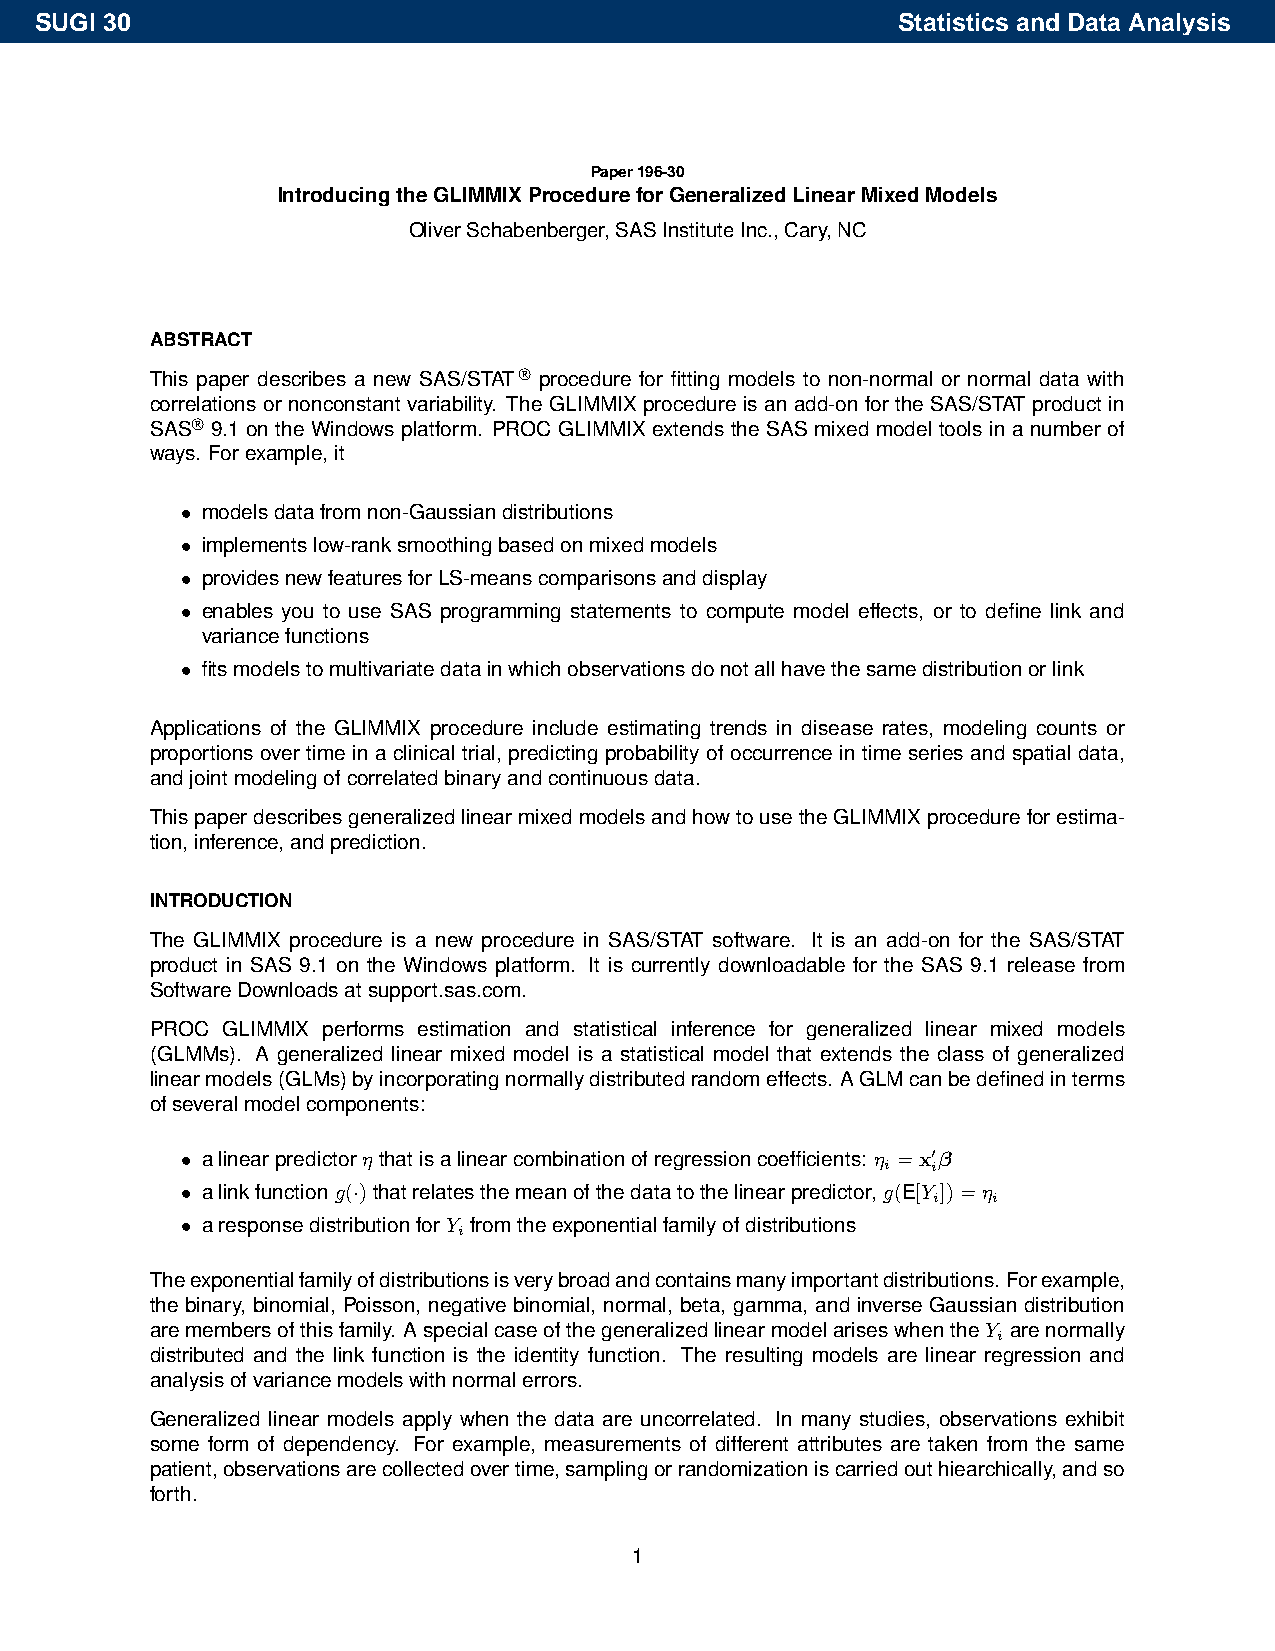
SUGI 30                                                  Statistics and Data Analysis
 Paper196-30
 IntroducingtheGLIMMIXProcedureforGeneralizedLinearMixedModels
 OliverSchabenberger,SASInstituteInc.,Cary,NC
 ABSTRACT
 This paper describes a new SAS/STAT procedure for fitting models to non-normal or normal data with
 correlations or nonconstant variability. The GLIMMIX procedure is an add-on for the SAS/STAT product in
 SAS 9.1 on the Windows platform. PROC GLIMMIX extends the SAS mixed model tools in a number of
 ways. Forexample,it
 • modelsdatafromnon-Gaussiandistributions
 • implementslow-ranksmoothingbasedonmixedmodels
 • providesnewfeaturesforLS-meanscomparisonsanddisplay
 • enables you to use SAS programming statements to compute model effects, or to define link and
 variancefunctions
 • fitsmodelstomultivariatedatainwhichobservationsdonotallhavethesamedistributionorlink
 Applications of the GLIMMIX procedure include estimating trends in disease rates, modeling counts or
 proportions over time in a clinical trial, predicting probability of occurrence in time series and spatial data,
 andjointmodelingofcorrelatedbinaryandcontinuousdata.
 ThispaperdescribesgeneralizedlinearmixedmodelsandhowtousetheGLIMMIXprocedureforestima-
 tion,inference,andprediction.
 INTRODUCTION
 The GLIMMIX procedure is a new procedure in SAS/STAT software. It is an add-on for the SAS/STAT
 product in SAS 9.1 on the Windows platform. It is currently downloadable for the SAS 9.1 release from
 SoftwareDownloadsatsupport.sas.com.
 PROC GLIMMIX performs estimation and statistical inference for generalized linear mixed models
 (GLMMs). A generalized linear mixed model is a statistical model that extends the class of generalized
 linearmodels(GLMs)byincorporatingnormallydistributedrandomeffects. AGLMcanbedefinedinterms
 ofseveralmodelcomponents:
 • alinearpredictorη thatisalinearcombinationofregressioncoefficients: η =x0β
 i  i
 • alinkfunctiong(·)thatrelatesthemeanofthedatatothelinearpredictor,g(E[Y ])=η
 i   i
 • aresponsedistributionforY fromtheexponentialfamilyofdistributions
 i
 Theexponentialfamilyofdistributionsisverybroadandcontainsmanyimportantdistributions. Forexample,
 the binary, binomial, Poisson, negative binomial, normal, beta, gamma, and inverse Gaussian distribution
 aremembersofthisfamily. AspecialcaseofthegeneralizedlinearmodelariseswhentheY arenormally
 i
 distributed and the link function is the identity function. The resulting models are linear regression and
 analysisofvariancemodelswithnormalerrors.
 Generalized linear models apply when the data are uncorrelated. In many studies, observations exhibit
 some form of dependency. For example, measurements of different attributes are taken from the same
 patient,observationsarecollectedovertime,samplingorrandomizationiscarriedouthiearchically,andso
 forth.
 1